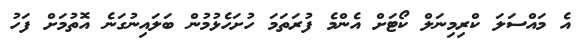
އެ މައްސަލަ ކްރިމިނަލް ކޯޓަށް އެންމެ ފުރަތަމަ ހުށަހެޅުމުން ބަލައިނުގަނެ އޮތުމަށް ފަހު